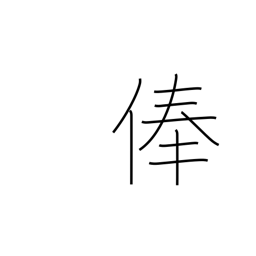
Meaning: stipend